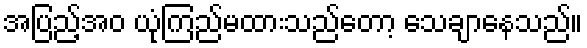
အပြည့်အဝ ယုံကြည်မထားသည်တော့ သေချာနေသည်။